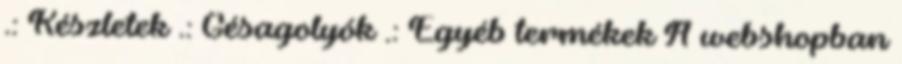
.: Készletek .: Gésagolyók .: Egyéb termékek A webshopban